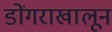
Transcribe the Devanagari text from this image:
डोंगराखालून